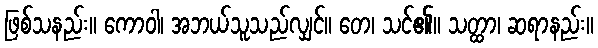
ဖြစ်သနည်း။ ကောဝါ၊ အဘယ်သူသည်လျှင်။ တေ၊ သင်၏။ သတ္ထာ၊ ဆရာနည်း။